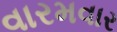
વારમવાર